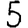
Digit: 5